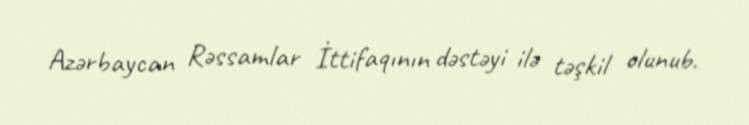
Azərbaycan Rəssamlar İttifaqının dəstəyi ilə təşkil olunub.